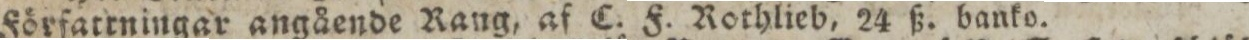
Förfatrningar angående Rang, af C. F. Rothlieb, 24 ß. banko.